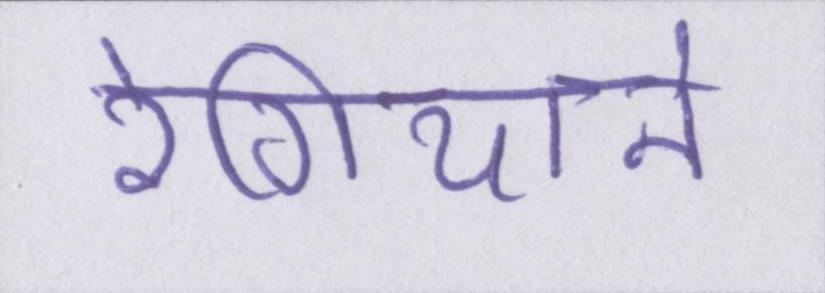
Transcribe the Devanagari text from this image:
रेगियाने